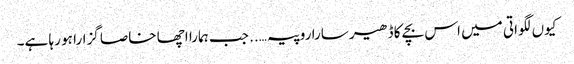
کیوں لگواتی میں اس بچے کا ڈھیر سارا روپیہ….. جب ہمارا اچھا خاصا گزارا ہو رہا ہے۔